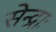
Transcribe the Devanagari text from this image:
सेन्द्राः